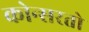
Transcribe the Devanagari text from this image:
कोन्सरतो